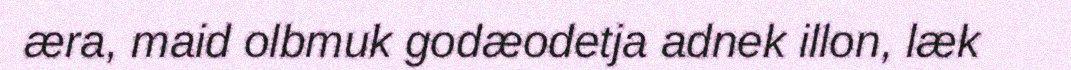
æra, maid olbmuk godæodetja adnek illon, læk